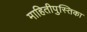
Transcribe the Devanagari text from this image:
माहितीपुस्तिका